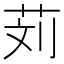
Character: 𰰹